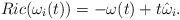
LaTeX: \begin{align*}Ric(\omega_i(t))=-\omega(t)+t\hat\omega_i.\end{align*}